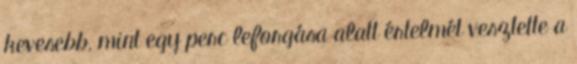
kevesebb, mint egy perc leforgása alatt értelmét vesztette a